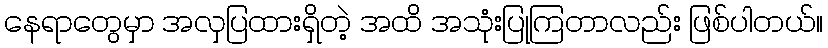
နေရာတွေမှာ အလှပြထားရှိတဲ့ အထိ အသုံးပြုကြတာလည်း ဖြစ်ပါတယ်။